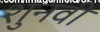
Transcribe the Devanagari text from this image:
शुनवी